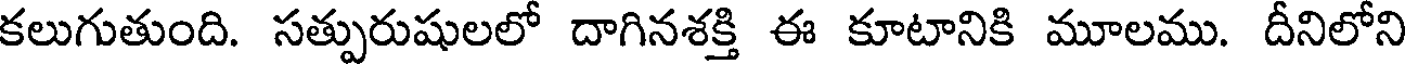
కలుగుతుంది. సత్పురుషులలో దాగినశక్తి ఈ కూటానికి మూలము. దీనిలోని